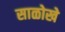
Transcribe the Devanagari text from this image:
साळोखे